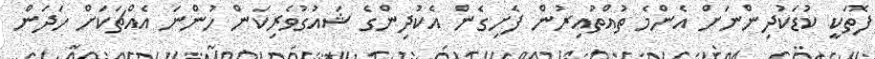
ފޮތަކީ ކުޑަކުދިންނަށް އެންމެ ތުއްތުއިރުން ފެށިގެން އެކުދިންގެ ޝައުގުވެރިކަން ހުންނަ އެއްޗަކަށް ހަދަން